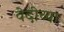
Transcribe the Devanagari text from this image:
वेदीच्या